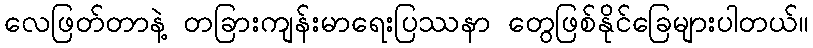
လေဖြတ်တာနဲ့ တခြားကျန်းမာရေးပြဿနာ တွေဖြစ်နိုင်ခြေများပါတယ်။